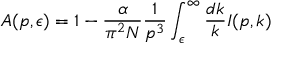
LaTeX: A ( p , \epsilon ) = 1 - \frac { \alpha } { \pi ^ { 2 } N } \frac { 1 } { p ^ { 3 } } \int _ { \epsilon } ^ { \infty } \frac { d k } { k } I ( p , k )